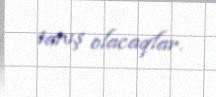
tanış olacaqlar.